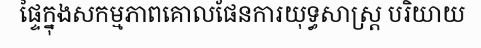
ផ្ទៃក្នុងសកម្មភាពគោលផែនការយុទ្ធសាស្ត្រ បរិយាយ